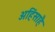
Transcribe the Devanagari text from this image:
अहिंसाहै